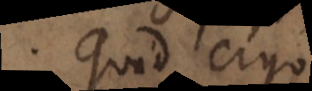
Quid ergo